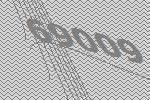
69009